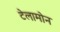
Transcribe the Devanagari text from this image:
टेलामोन